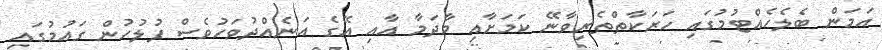
އަމަން ބެލެހެއްޓުމުގައި ހަރަކާތްތެރިވާނޭ ކަމަށާއި މާދަމާ އާއި އޭގެ އަނެއްދުވަހުވެސް ފުލުހުން ގައުމުގައި